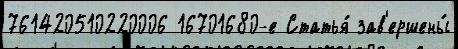
761420510220006 16701680-е Статья́ зав'ершены́